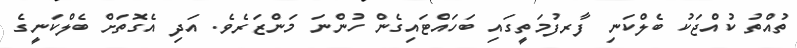
ތުއްތު ކުއްޖަކު ބެލްކަނި ފާރފުމަތީގައި ބަހައްޓައިގެން ހުންނަ މަންޒަރެވެ. އަދި އެގޮތަށް ބެލްކަނީގެ